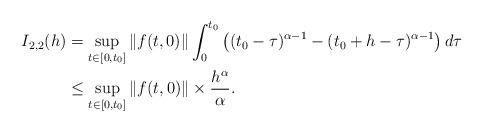
LaTeX: \begin{align*}I_{2,2}(h)& =\sup_{t\in \lbrack 0,t_{0}]}\Vert f(t,0)\Vert\int_{0}^{t_{0}}\left( (t_{0}-\tau )^{\alpha -1}-(t_{0}+h-\tau )^{\alpha-1}\right) d\tau \\& \leq \sup_{t\in \lbrack 0,t_{0}]}\Vert f(t,0)\Vert \times \frac{h^{\alpha }}{\alpha }.\end{align*}